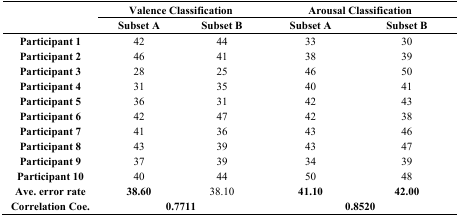
| <ROWSPAN=3>  | <COLSPAN=2> Valence Classification | <COLSPAN=2> Arousal Classification |
 | Subset A | Subset B | Subset A | Subset B |
 | --- | --- | --- | --- | --- |
 | Participant 1 | 42 | 44 | 33 | 30 |
 | Participant 2 | 46 | 41 | 38 | 39 |
 | Participant 3 | 28 | 25 | 46 | 50 |
 | Participant 4 | 31 | 35 | 40 | 41 |
 | Participant 5 | 36 | 31 | 42 | 43 |
 | Participant 6 | 42 | 47 | 42 | 38 |
 | Participant 7 | 41 | 36 | 43 | 46 |
 | Participant 8 | 43 | 39 | 43 | 47 |
 | Participant 9 | 37 | 39 | 34 | 39 |
 | Participant 10 | 40 | 44 | 50 | 48 |
 | Ave. error rate | 38.60 | 38.10 | 41.10 | 42.00 |
 | Correlation Coe. | <COLSPAN=2> 0.7711 | <COLSPAN=2> 0.8520 |